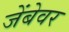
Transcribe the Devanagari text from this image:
जेंबेवर